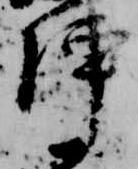
陣